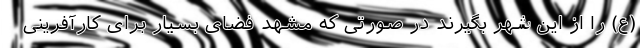
(ع) را از این شهر بگیرند در صورتی که مشهد فضای بسیار برای کارآفرینی